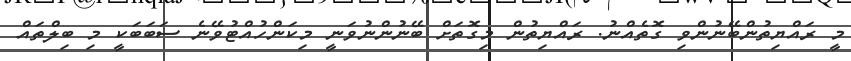
މީ ރައްޔިތުންބޭނުންވި ގޮތެއްނު. ރައްޔިތުން މިގޮތަށް ބޭނުންނުވަނީ މިކަންހުއްޓުވޭނެ ސަބަބަކީ މި ބިލްތައް